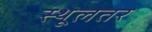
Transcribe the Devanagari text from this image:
स्थूलतर